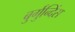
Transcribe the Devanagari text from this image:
बुर्गुन्दिंस